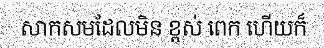
សាកសមដែលមិន ខ្ពស់ ពេក ហើយក៏